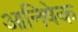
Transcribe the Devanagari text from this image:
आनिषेक